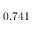
0 . 7 4 1